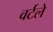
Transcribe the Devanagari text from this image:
वर्टले